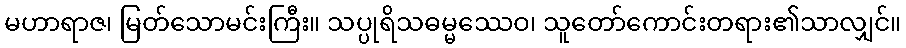
မဟာရာဇ၊ မြတ်သောမင်းကြီး။ သပ္ပုရိသဓမ္မဿေဝ၊ သူတော်ကောင်းတရား၏သာလျှင်။